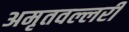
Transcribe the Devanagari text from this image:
अमृतवल्लरी